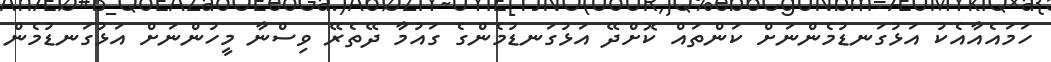
ހަމައެއާއެކު އަޅުގަނޑުމެންނަށް ކަންތައް ކޮށްދޭ އަޅުގަނޑުމެންގެ ގައުމާ ދޭތެރޭ ވިސްނާ މީހުންނަށް އަޅުގަނޑުމެން